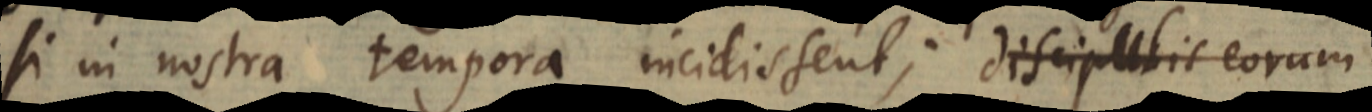
si in nostra tempora incidissent; discipulis eorum